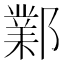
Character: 鄴